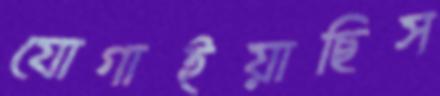
যোগাইয়াছিস